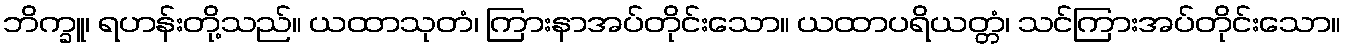
ဘိက္ခူ၊ ရဟန်းတို့သည်။ ယထာသုတံ၊ ကြားနာအပ်တိုင်းသော။ ယထာပရိယတ္တံ၊ သင်ကြားအပ်တိုင်းသော။